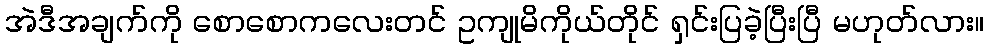
အဲဒီအချက်ကို စောစောကလေးတင် ဥကျုမိကိုယ်တိုင် ရှင်းပြခဲ့ပြီးပြီ မဟုတ်လား။